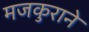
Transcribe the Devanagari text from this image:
मजकुराने